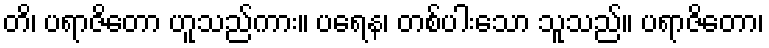
တိ၊ ပရာဇိတော ဟူသည်ကား။ ပရေန၊ တစ်ပါးသော သူသည်။ ပရာဇိတော၊